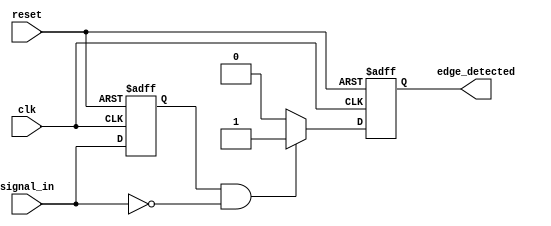
module negative_edge_detector (
    input wire clk,          // Clock signal
    input wire reset,        // Asynchronous reset signal
    input wire signal_in,    // Input signal to detect falling edge
    output reg edge_detected  // Output signal indicating edge detection
);

// Internal register to store the previous state of signal_in
reg signal_in_prev;

// Always block for edge detection on the rising edge of the clock
always @(posedge clk or posedge reset) begin
    if (reset) begin
        // Reset condition: initialize output and previous signal state
        edge_detected <= 1'b0;
        signal_in_prev <= 1'b0;
    end else begin
        // Check for falling edge: previous state high and current state low
        if (signal_in_prev == 1'b1 && signal_in == 1'b0) begin
            edge_detected <= 1'b1; // Set edge detected high
        end else begin
            edge_detected <= 1'b0; // Clear edge detected
        end
        
        // Update the previous signal state
        signal_in_prev <= signal_in;
    end
end

endmodule